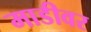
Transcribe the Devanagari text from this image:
माडीवर